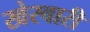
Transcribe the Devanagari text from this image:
खेरवारी